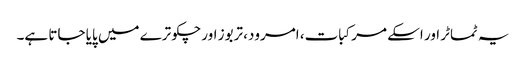
یہ ٹماٹر اور اسکے مرکبات، امرود، تربوز اور چکوترے میں پایا جاتا ہے۔